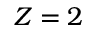
Z = 2